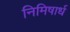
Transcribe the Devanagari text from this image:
निमिषार्ध